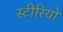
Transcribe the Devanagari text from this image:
स्‍टीरियो